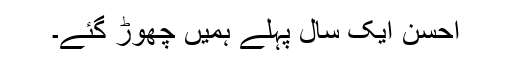
احسن ایک سال پہلے ہمیں چھوڑ گئے۔